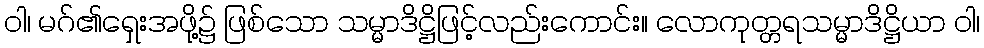
ဝါ၊ မဂ်၏ရှေးအဖို့၌ ဖြစ်သော သမ္မာဒိဋ္ဌိဖြင့်လည်းကောင်း။ လောကုတ္တရသမ္မာဒိဋ္ဌိယာ ဝါ၊